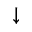
\downarrow